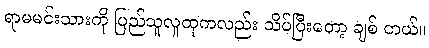
ရာမမင်းသားကို ပြည်သူလူထုကလည်း သိပ်ပြီးတော့ ချစ် တယ်။